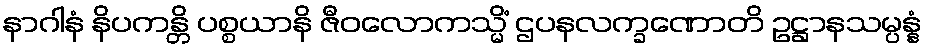
နာဂါနံ နိပကန္တိ ပစ္စယာနိ ဇီဝလောကသ္မိံ ဌပနလက္ခဏောတိ ဥဋ္ဌာနသမ္ပန္နံ